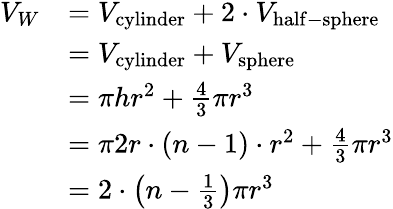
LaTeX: {\begin{array}{rl}{V_{W}}&{=V_{\mathrm{cylinder}}+2\cdot V_{\mathrm{half-sphere}}}\\ &{=V_{\mathrm{cylinder}}+V_{\mathrm{sphere}}}\\ &{=\pi hr^{2}+{\frac{4}{3}}\pi r^{3}}\\ &{=\pi 2r\cdot(n-1)\cdot r^{2}+{\frac{4}{3}}\pi r^{3}}\\ &{=2\cdot\left(n-{\frac{1}{3}}\right)\pi r^{3}}\end{array}}